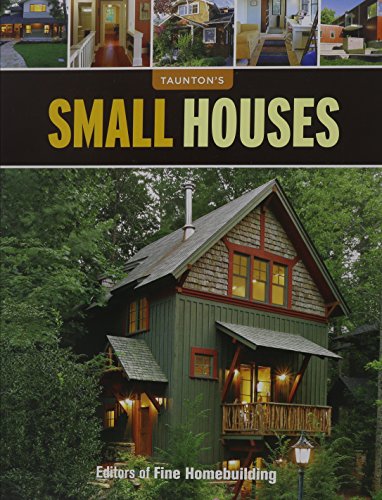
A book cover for Small Houses (Great Houses); Editors of Fine Homebuilding; Crafts, Hobbies & Home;